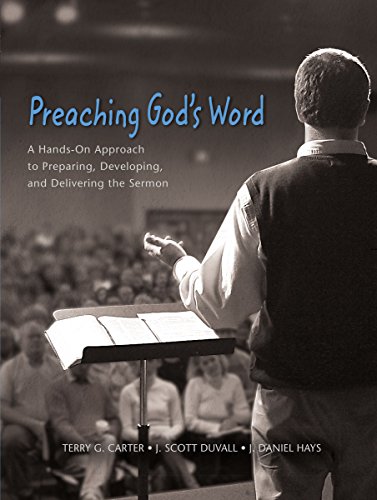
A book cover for Preaching God's Word: A Hands-On Approach to Preparing, Developing, and Delivering the Sermon; Terry G. Carter; Christian Books & Bibles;